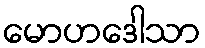
မောဟဒေါသာ